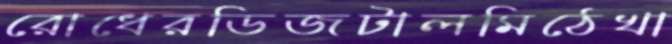
রোধেরডিজটালমিঠেখা